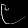
Digit: ၉